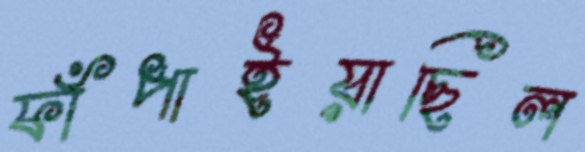
ফাঁপাইয়াছিল